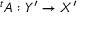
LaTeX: { } ^ { t } A : Y ^ { \prime } \to X ^ { \prime }